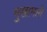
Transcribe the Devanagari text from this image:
मुखामागे